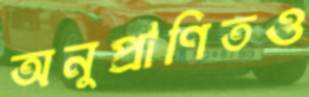
অনুপ্রাণিতও